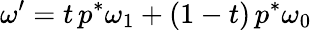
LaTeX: \omega^{\prime}=t\, p^{*}\omega_{1}+(1-t)\, p^{*}\omega_{0}